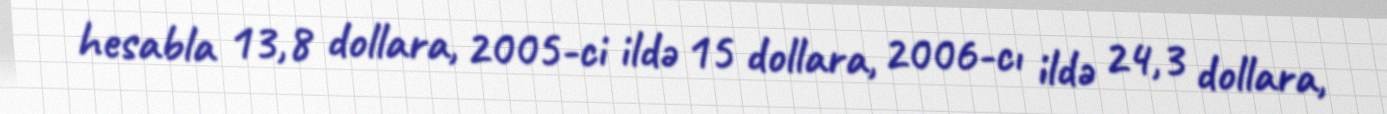
hesabla 13,8 dollara, 2005-ci ildə 15 dollara, 2006-cı ildə 24,3 dollara,